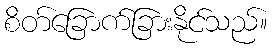
စိတ်ခြောက်ခြားနိုင်သည်။